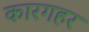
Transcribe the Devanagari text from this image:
कारगहर